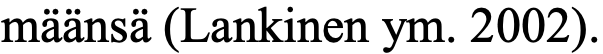
määnsä (Lankinen ym. 2002).